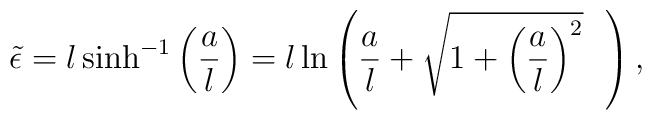
\tilde{\epsilon}=l \sinh^{-1}\left(\frac{a}{l}\right)=l\ln \left( \frac{a}{l}+\sqrt{1+ \left( \frac{a}{l} \right)^2}~~\right),